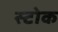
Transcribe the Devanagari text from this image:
स्‍टोक